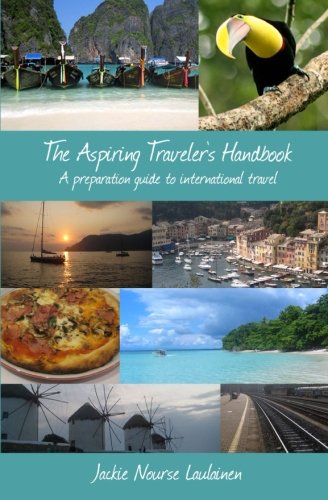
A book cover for The Aspiring Traveler's Handbook: A preparation guide to international travel; Jackie Nourse Laulainen; Travel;